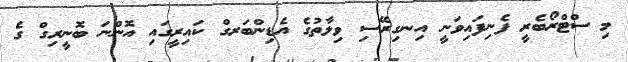
މި ސްޓްރޯބެރީ ފެނިފައިވަނީ އިނގިރޭސި ވިލާތުގެ އެޑިންބަރގް ކައިރީގައި އޮންނަ ބޮނީރިގް ގެ